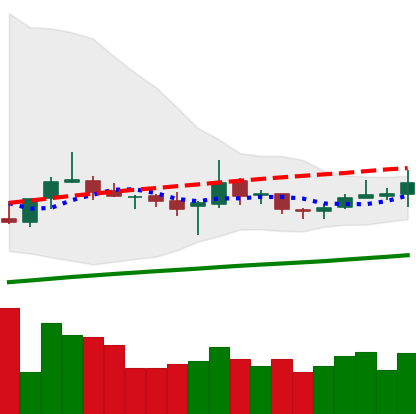
Ticker: TRX-USD
Chart end date: 2020-10-12
Forward return: -4.933%
Label: down_3_5